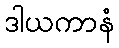
ဒါယကာနံ